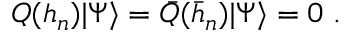
Q ( h _ { n } ) | \Psi \rangle = \bar { Q } ( \bar { h } _ { n } ) | \Psi \rangle = 0 \; .